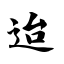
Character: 迨